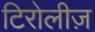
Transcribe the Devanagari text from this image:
टिरोलीज़